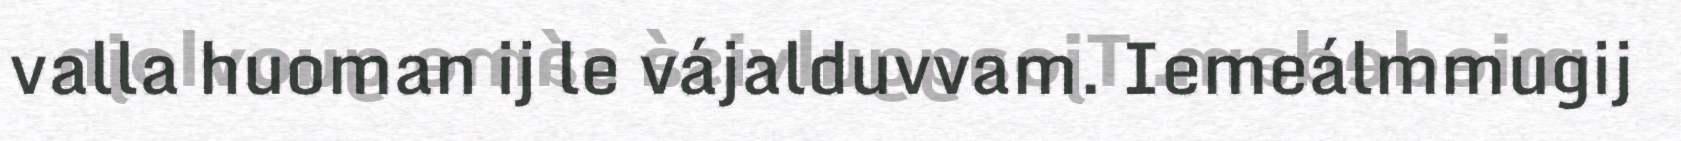
valla huoman ij le vájalduvvam. Iemeálmmugij